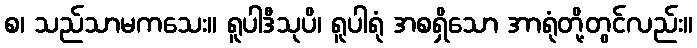
စ၊ သည်သာမကသေး။ ရူပါဒီသုပိ၊ ရူပါရုံ အစရှိသော အာရုံတို့တွင်လည်း။